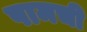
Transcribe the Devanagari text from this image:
पामची